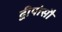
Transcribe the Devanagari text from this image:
द्वीपोसौ